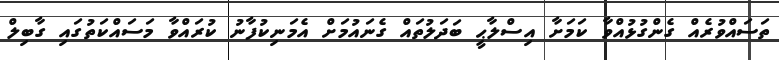
ތަސައްވުރެއް ގެންގުޅުއްވާ ކަމަށާ އިސްލާޙީ ބަދަލުތައް ގެނައުމަށް އެމަނިކުފާނު ކުރައްވާ މަސައްކަތުގައި ގާބިލް